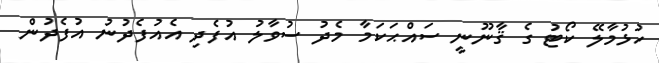
ހުޅުމާލޭ ކޯޓު ގެ ޤާނޫނީ ސައްޙަކަމާ މެދު ސުވާލު އުފެދި އެއުފެދުނު އުފެދުން